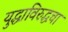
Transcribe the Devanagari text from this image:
युद्धाविरुद्धचा